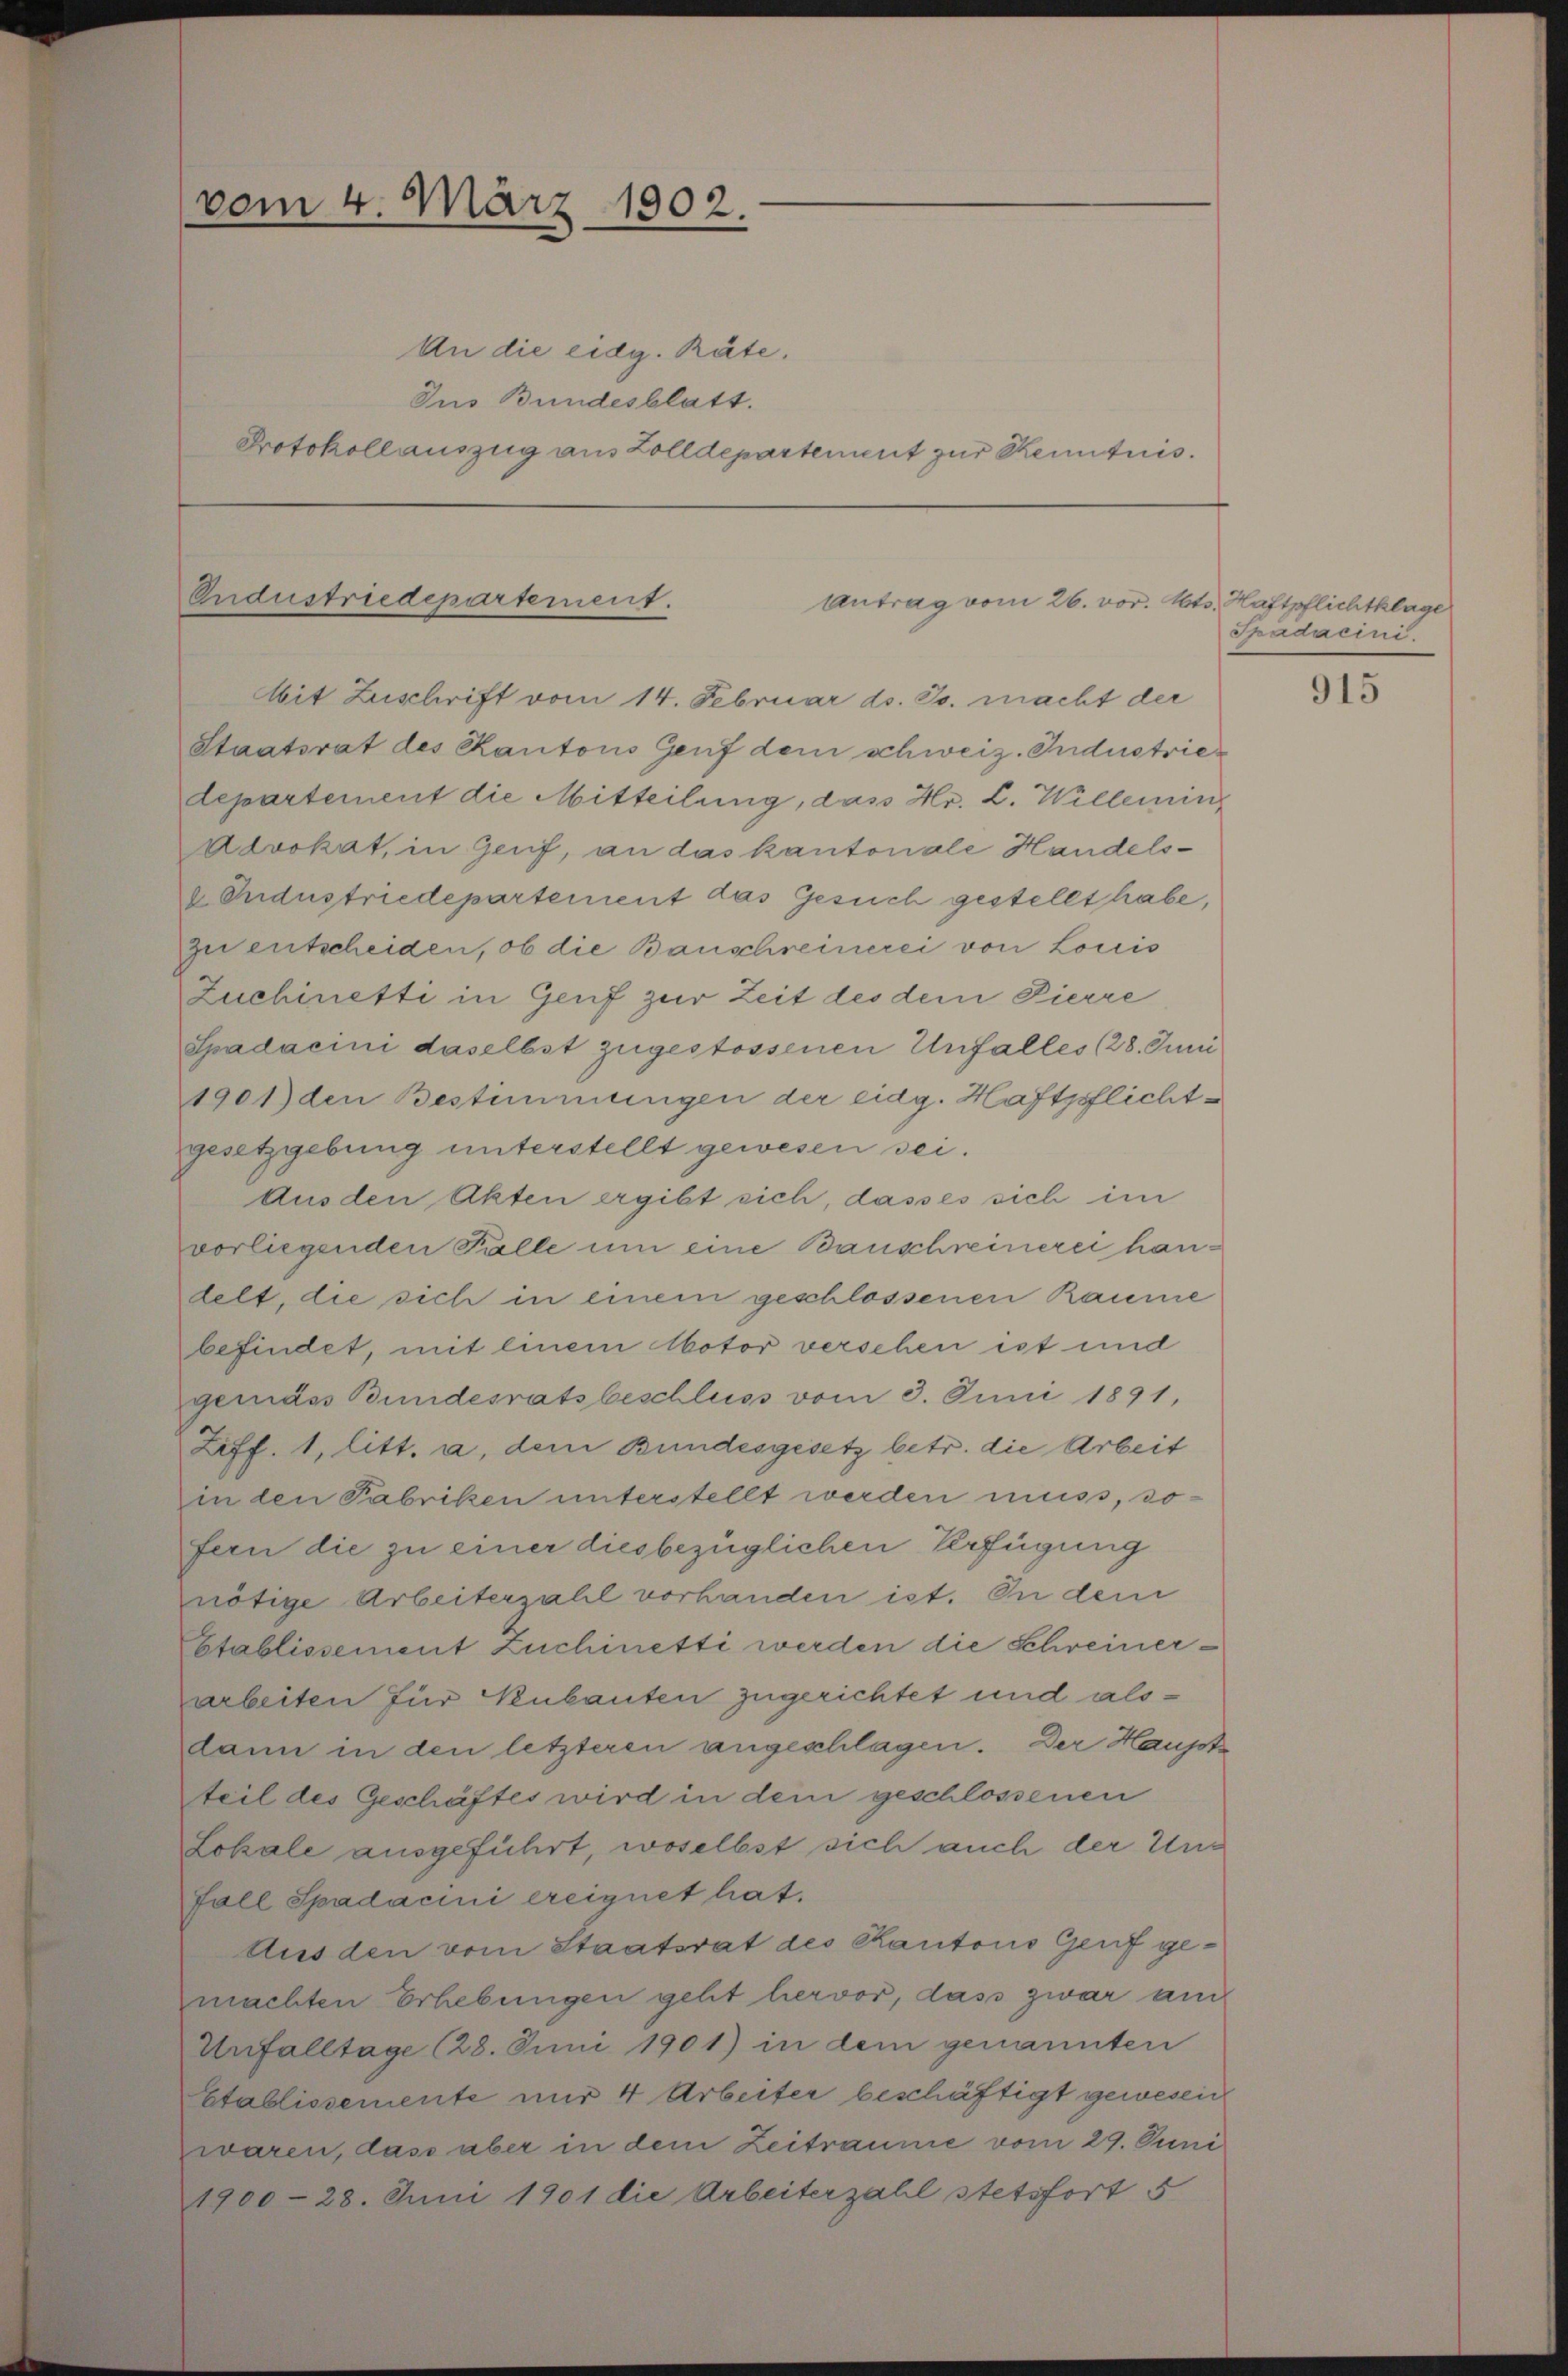
vom 4. März 1902.

An die eidg. Räte.
Ius Bundesblatt.
Protokollauszug aus Zolldepartement zur Kenntnis.

Endustriedepartement.
Antrag vom 26. vor. Mts. Haftpflichtklage

Mit Zuschrift vom 14. Februar d. Js. macht der
Staatsrat des Kantons Genf dem schweiz. Industriedepartement die Mitteilung, daß Hr. L. Willerin
Advokat, in Genf, an das kantonale Handels¬
Endustriedepartement das Gesuch gestellt habe,
zu entscheiden, ob die Bauschreinerei von Louis
Zuchinetti in Genf zur Zeit des dem Pierre
Spadacini daselbst zugestossenen Unfalles (28. Juni
1901) den Bestimmungen der eidg. Haftpflichtgesetzgebung unterstellt gewesen sei.
Ausden Akten ergibt sich, dasses sich im
vorliegenden Falle um eine Bauschreinerei handelt, die sich in einem geschlossenen Raume
befindet, mit einem Abotor versehen ist und
gemdss Bundesratsbeschluss vom 3. Juni 1891,
Liff. 1, litt. a, dem Bundesgesetz betr. die Arbeit
in den Fabriken unterstellt werden muss, sofern die zu einer diesbezüglichen Verfügung
nötige Arbeiterzahl vorhanden ist. In dem
Stablissement Zuchinetti werden die Schreinerarbeiten für Neubauten zugerichtet und alsdann in den letzteren angeschlagen. Der Haupt
teil des Geschäftes wird in dem geschlossenen
Lokale ausgeführt, woselbst sich auch der Un¬
Fall Spadacini ereignet hat.
Aus den vom Staatsrat des Kantons Genf gemachten Erhebungen geht hervor, dass zwar am
Unfalltage (28. Juni 1901) in dem genannten
Etablissemente nur 4 Arbeiter beschäftigt gewesen
waren, das aber in dem Zeitraume vom 29. Juni
1900-28. Juni 1901 die Arbeiterzahl stetsfort 5

Spadacini

915